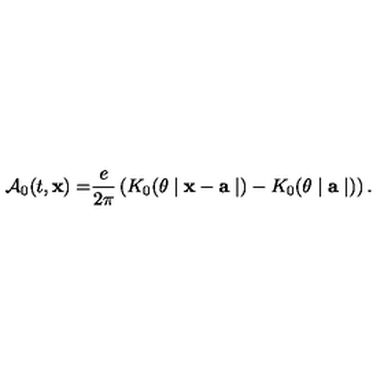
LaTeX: \mathcal { A } _ { 0 } ( t , \mathbf { x ) = } \frac { e } { 2 \pi } \left( K _ { 0 } ( \theta \mid \mathbf { x - a } \mid ) - K _ { 0 } ( \theta \mid \mathbf { a } \mid ) \right) .